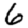
Digit: 6